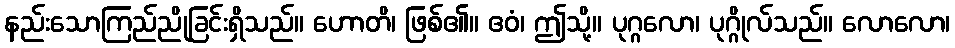
နည်းသောကြည်ညိုခြင်းရှိသည်။ ဟောတိ၊ ဖြစ်၏။ ဧဝံ၊ ဤသို့။ ပုဂ္ဂလော၊ ပုဂ္ဂိုလ်သည်။ လောလော၊